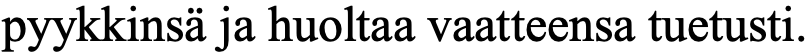
pyykkinsä ja huoltaa vaatteensa tuetusti.